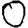
Digit: 0